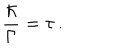
LaTeX: \frac { \hbar } { \Gamma } = \tau \, .